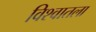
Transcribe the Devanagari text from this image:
विश्वातला